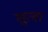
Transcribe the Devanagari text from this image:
खुत्बा